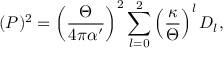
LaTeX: ( P ) ^ { 2 } = \left( { \frac { \Theta } { 4 \pi \alpha ^ { \prime } } } \right) ^ { 2 } \sum _ { l = 0 } ^ { 2 } \left( \frac { \kappa } { \Theta } \right) ^ { l } D _ { l } ,